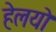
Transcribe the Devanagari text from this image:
हेलयो